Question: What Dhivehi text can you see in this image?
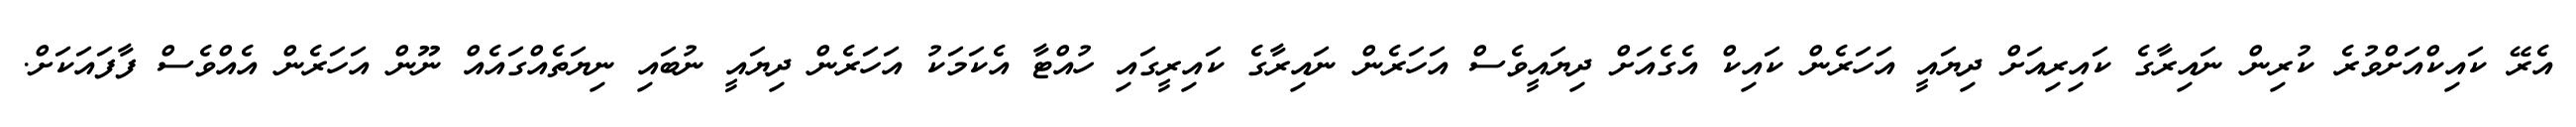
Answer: އެރޭ ކައިކްއަށްވުރެ ކުރިން ނައިރާގެ ކައިރިއަށް ދިޔައީ އަހަރެން ކައިކް އެގެއަށް ދިޔައީވެސް އަހަރެން ނައިރާގެ ކައިރީގައި ހުއްޓާ އެކަމަކު އަހަރެން ދިޔައީ ނުބައި ނިޔަތެއްގައެއް ނޫން އަހަރެން އެއްވެސް ފާފައަކަށް.